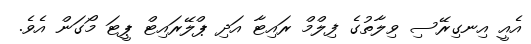
އެއީ އިނގިރޭސި ވިލާތުގެ ފިލްމް ރައިޓާ އަދި ޕްލޭރައިޓް ޕީޓަ މޯގަން އެވެ.